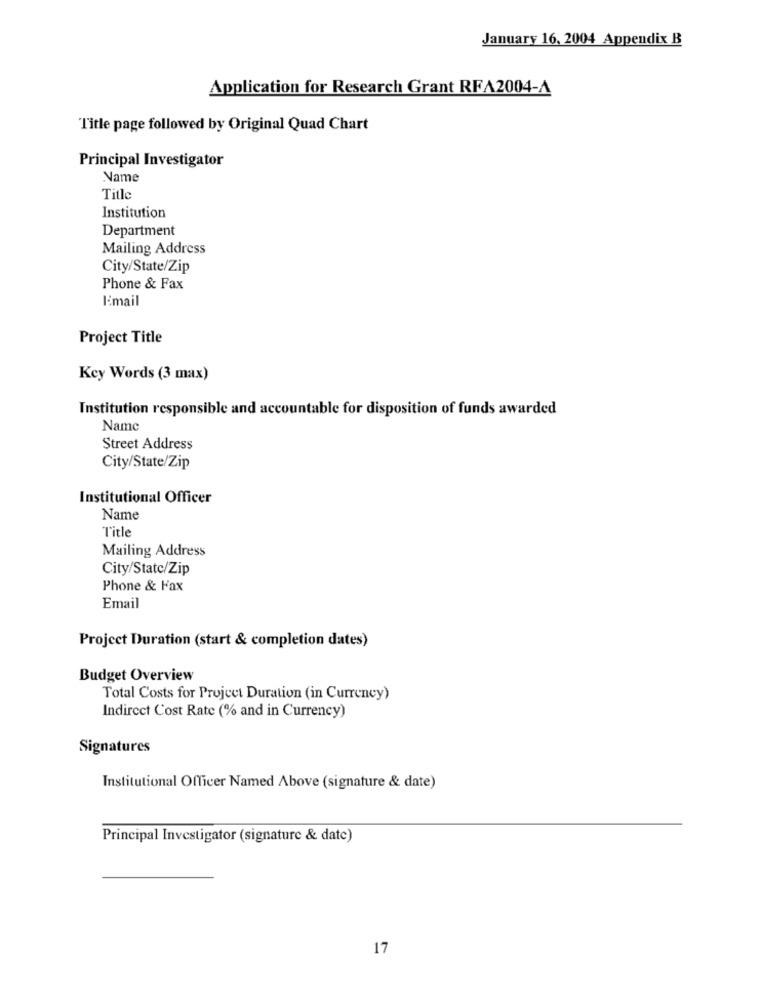
January 16, 2004 Appendix B
Application for Research Grant RFA2004-4
Title page followed by Original Quad Chart
Principal Investigator
Name
Title
Institution
Department
Mailing Address
City/State/Zip
Phone & Fax
E:mail
Project Title
Key Words (3 max)
Institution responsible and accountable for disposition of funds awarded
Name
Street Address
City/State/Zip
Institutional Officer
Name
Title
Mailing Address
City/Statc/Zip
Phone & Fax
Email
Project Duration (start & completion dates)
Budget Overview
Total Costs for Project Duration (in Currency)
Indirect Cost Rate (% and in Currency)
Signatures
Institutional Officer Named Above (signature & date)
Principal Investigator (signature & date)
17